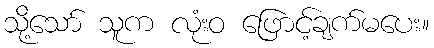
သို့သော် သူက လုံးဝ ဖြောင့်ချက်မပေး။